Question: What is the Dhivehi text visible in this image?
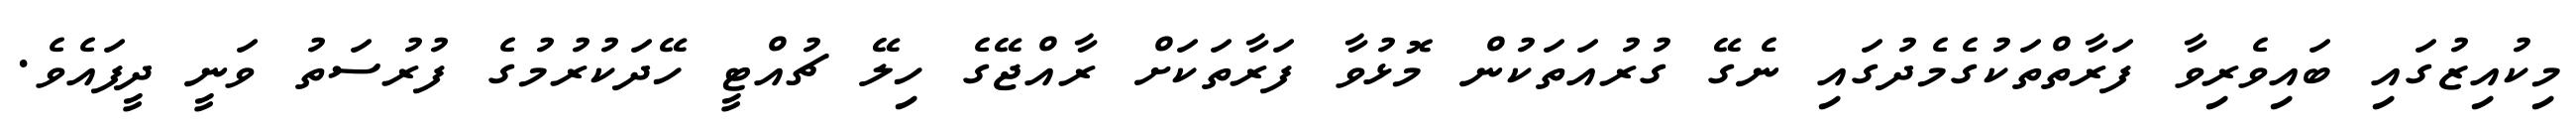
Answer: މިކުއިޒުގައި ބައިވެރިވާ ފަރާތްތަކުގެމެދުގައި ނެގޭ ގުރުއަތަކުން މޮޅުވާ ފަރާތަކަށް ރާއްޖޭގެ ހިލޭ ޗުއްޓީ ހޭދަކުރުމުގެ ފުރުސަތު ވަނީ ދީފައެވެ.